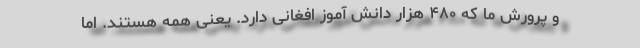
و پرورش ما که ۴۸۰ هزار دانش آموز افغانی دارد. یعنی همه هستند. اما